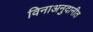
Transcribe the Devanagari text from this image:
विनाअनुदानीत